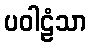
ပဝါဠံသာ